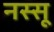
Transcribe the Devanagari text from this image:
नस्सू